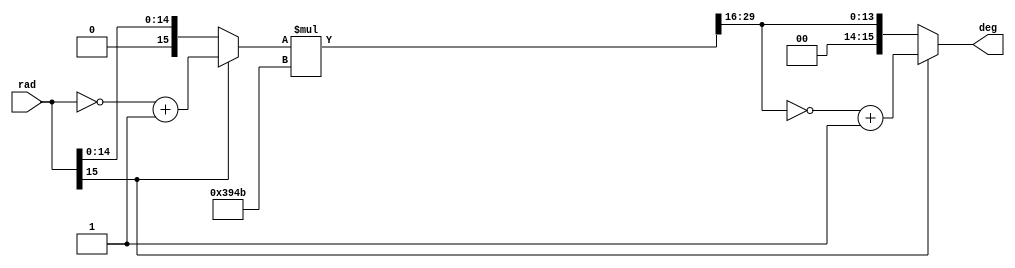
module rad2deg(input [15:0] rad, output [15:0] deg);
	parameter [15:0] fifty_seven = 16'b0011100101001011;
	wire [15:0] pos_rad = (~rad[15]) ? rad : (~rad + 1);
	wire [31:0] degree = pos_rad * fifty_seven;
	wire [15:0] pos_deg = degree >> 5'd16;
	assign deg = (~rad[15]) ? pos_deg : (~pos_deg + 1) ;
endmodule